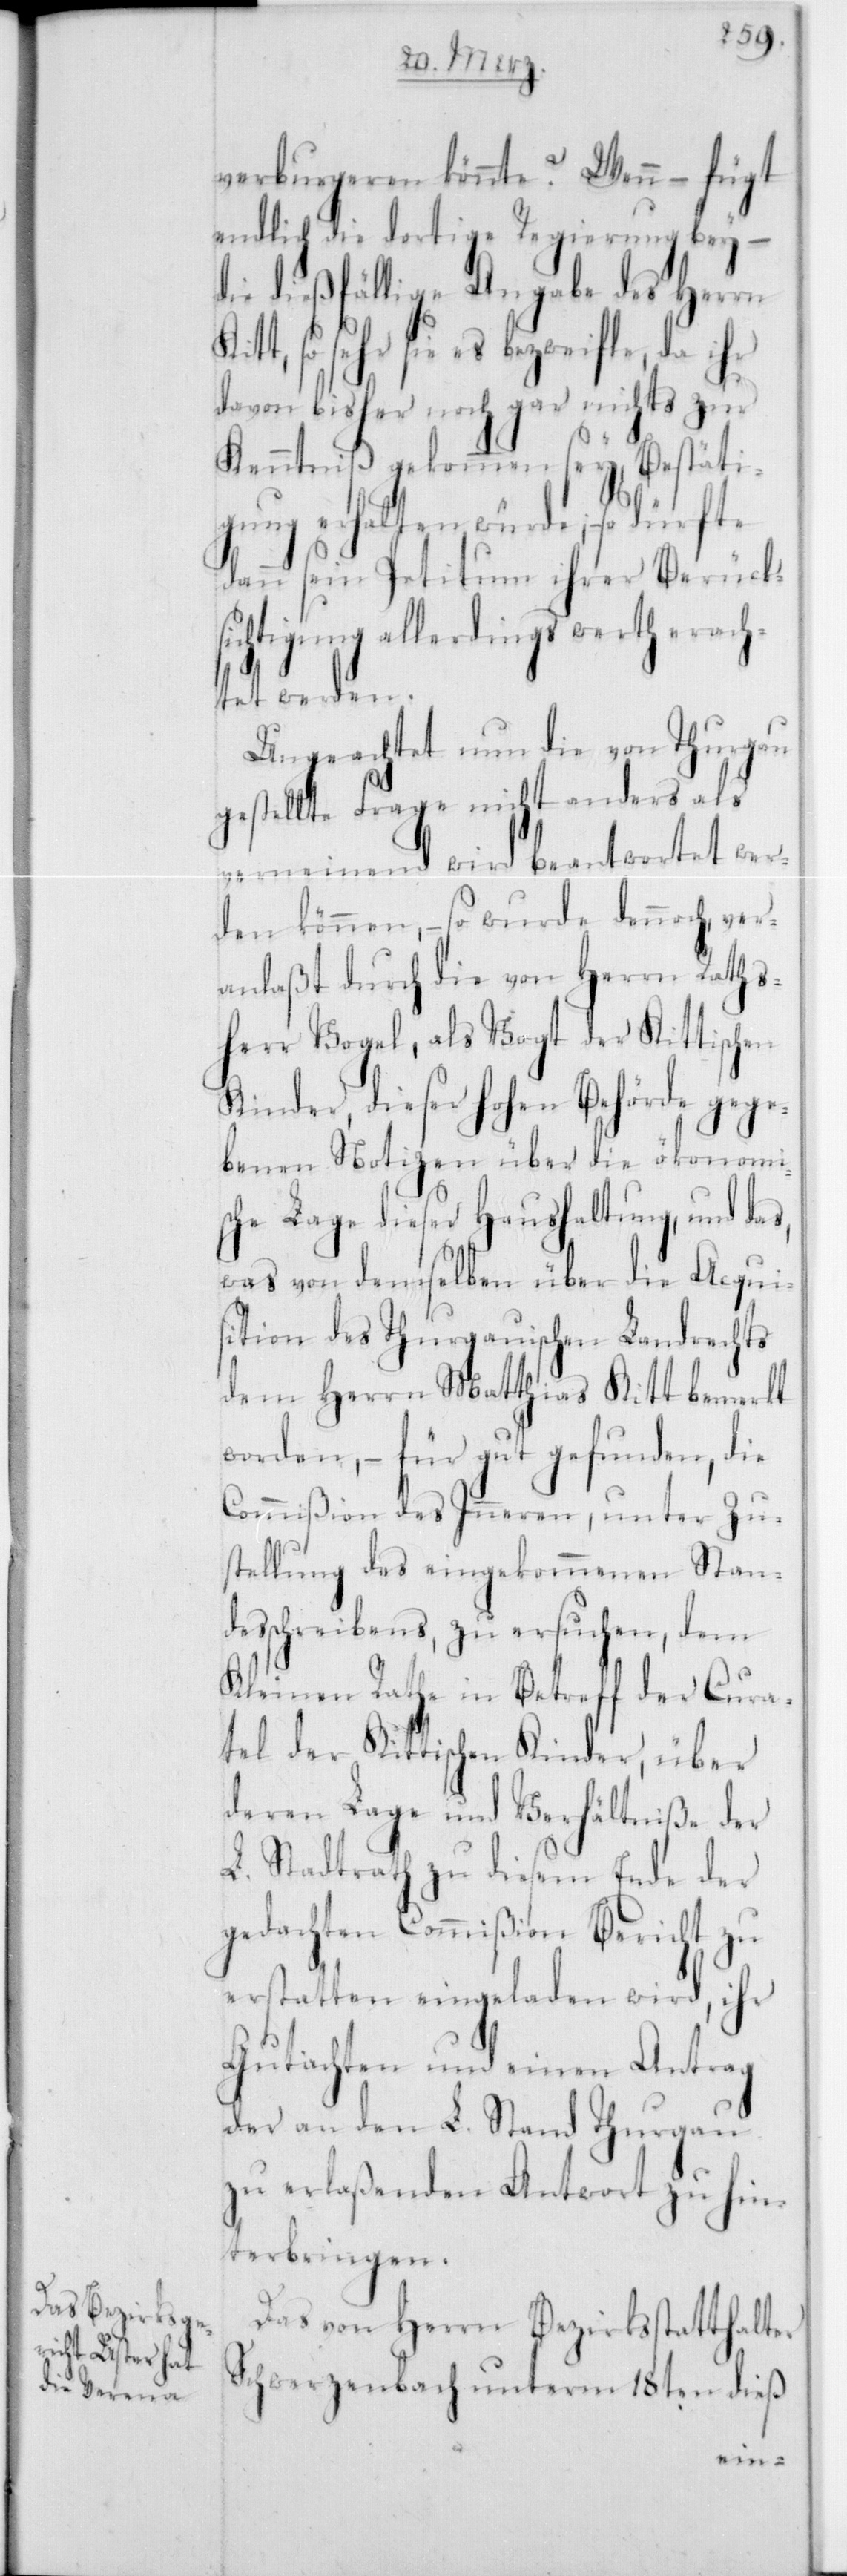
verburgeren könnte? Wenn – fügt
endlich die dortige Regierung bey –
die dießfällige Angabe des Herrn
so sehr sie es bezweifle, da ihr
davon bisher noch gar nichts zur
Kenntniß gekommen sey, Bestäti¬
gung erhalten würde; – so dürfte
dann sein Petitum ihrer Berücks¬
ichtigung allerdings wertherach¬
tet werden.
Ungeachtet nun die von Thurgau
gestellte Frage nicht anders als
verneinend wird beantwortet wer¬
den können, – so wurde dennoch ver¬
anlaßt durch die von Herrn Raths¬
herr Vogel, als Vogt der Kittischen
Kinder, dieser Hohen Behörde gege¬
benen Notizen über die ökonomi¬
sche Lage dieser Haushaltung, und
was von demselben über die Acqui¬
sition des Thurgauischen Landrechts
dem Herrn Matthias Kitt bemerkt
worden, – für gut gefunden, die
Commißion des Innern, unter Zu¬
stellung des eingekommenen Stan¬
desschreibens, zu ersuchen, dem
Kleinen Rathe in Betreff der Cura¬
tel der Kittischen Kinder, über
deren Lage und Verhältniße der
L. Stadtrat zu diesem Ende der
gedachten Commißion Bericht zu
erstatten eingeladen wird, ihr
Gutachten und einen Antrag
der an den L. Stand Thurgau
zu erlaßenden Antwort zu hin¬
terbringen.
Das von Herrn Bezirksstatthalter
Schwerzenbach unterm 18ten dieß